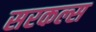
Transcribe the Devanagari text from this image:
सरकल्स